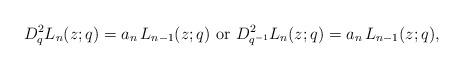
LaTeX: \begin{align*}D^2_{q} L_n(z;q)= a_n\, L_{n-1}(z;q) \mbox{ or } D^2_{q^{-1}} L_n(z;q)= a_n\, L_{n-1}(z;q),\end{align*}